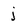
Character: j